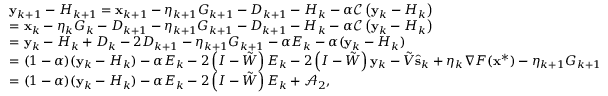
\begin{array} { r l } & { \mathbf { y } _ { k + 1 } - H _ { k + 1 } = \mathbf { x } _ { k + 1 } - \eta _ { k + 1 } G _ { k + 1 } - { D } _ { k + 1 } - H _ { k } - \alpha \mathcal { C } \left( \mathbf { y } _ { k } - H _ { k } \right) } \\ & { = \mathbf { x } _ { k } - \eta _ { k } G _ { k } - { D } _ { k + 1 } - \eta _ { k + 1 } G _ { k + 1 } - { D } _ { k + 1 } - H _ { k } - \alpha \mathcal { C } \left( \mathbf { y } _ { k } - H _ { k } \right) } \\ & { = \mathbf { y } _ { k } - H _ { k } + { D } _ { k } - 2 { D } _ { k + 1 } - \eta _ { k + 1 } G _ { k + 1 } - \alpha E _ { k } - \alpha ( \mathbf { y } _ { k } - H _ { k } ) } \\ & { = ( 1 - \alpha ) ( \mathbf { y } _ { k } - H _ { k } ) - \alpha E _ { k } - 2 \left( I - \tilde { W } \right) E _ { k } - 2 \left( I - \tilde { W } \right) \mathbf { y } _ { k } - \tilde { V } \hat { \mathbf { s } } _ { k } + \eta _ { k } \nabla F ( \mathbf { x } ^ { * } ) - \eta _ { k + 1 } G _ { k + 1 } } \\ & { = ( 1 - \alpha ) ( \mathbf { y } _ { k } - H _ { k } ) - \alpha E _ { k } - 2 \left( I - \tilde { W } \right) E _ { k } + \mathcal { A } _ { 2 } , } \end{array}